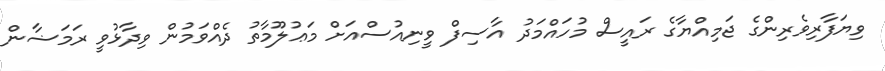
ވިޔަފާރިވެރިންގެ ޖަމިއްޔާގެ ރައީސް މުހައްމަދު އާސިފް ވީނިއުސްއަށް މަޢުލޫމާތު ދެއްވަމުން ވިދާޅުވީ ރަމަޟާން